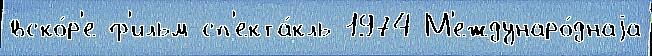
вско́р'е ф'ильм-сп'екта́кль 1974 М'еждунаро́днаjа